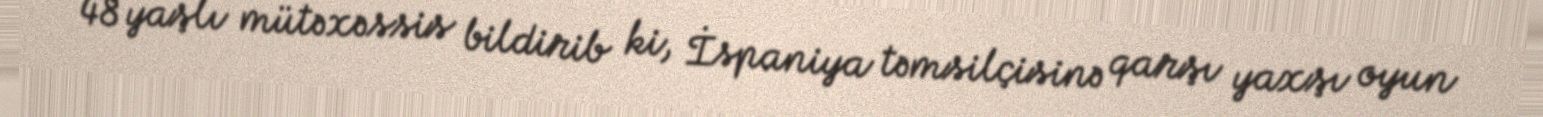
48 yaşlı mütəxəssis bildirib ki, İspaniya təmsilçisinə qarşı yaxşı oyun